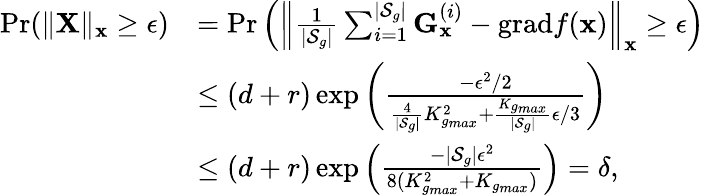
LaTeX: \begin{array}{rl}{\mathrm{Pr}(\| \mathbf{X}\| _{\mathbf{x}}\ge\epsilon)}&{=\mathrm{Pr}\left(\left\| \frac{1}{|\mathcal{S}_{g}|}\sum_{i=1}^{|\mathcal{S}_{g}|}\mathbf{G}_{\mathbf{x}}^{(i)}-\mathrm{grad}f(\mathbf{x})\right\| _{\mathbf{x}}\ge\epsilon\right)}\\ &{\le(d+r)\exp\left(\frac{-\epsilon^{2}/2}{\frac{4}{|\mathcal{S}_{g}|}K_{g_{max}}^{2}+\frac{K_{g_{max}}}{|\mathcal{S}_{g}|}\epsilon/3}\right)}\\ &{\le(d+r)\exp\left(\frac{-|\mathcal{S}_{g}|\epsilon^{2}}{8(K_{g_{max}}^{2}+K_{g_{max}})}\right)=\delta,}\end{array}